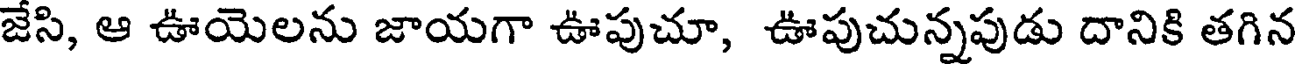
జేసి, ఆ ఊయెలను జాయగా ఊపుచూ, ఊపుచున్నపుడు దానికి తగిన